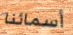
أسمائنا